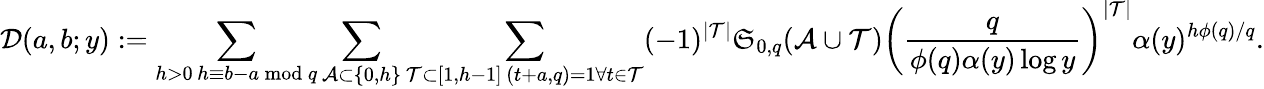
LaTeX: \mathcal D(a,b;y):=\sum_{\substack{h>0\, h\equiv b-a\bmod q}}\sum_{\mathcal A\subset\{ 0,h\} }\sum_{\substack{\mathcal T\subset[1,h-1]\, (t+a,q)=1\forall t\in\mathcal T}}(-1)^{|\mathcal T|}\mathfrak S_{0,q}(\mathcal A\cup\mathcal T)\left(\frac{q}{\phi(q)\alpha(y)\log y}\right)^{|\mathcal T|}\alpha(y)^{h\phi(q)/q}.